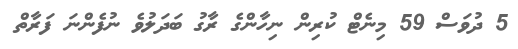
5 ދުވަސް 59 މިނެޓް ކުރިން ނިހާންގެ ރާގު ބަދަލުވެ ނުފެންނަ ފަރާތް